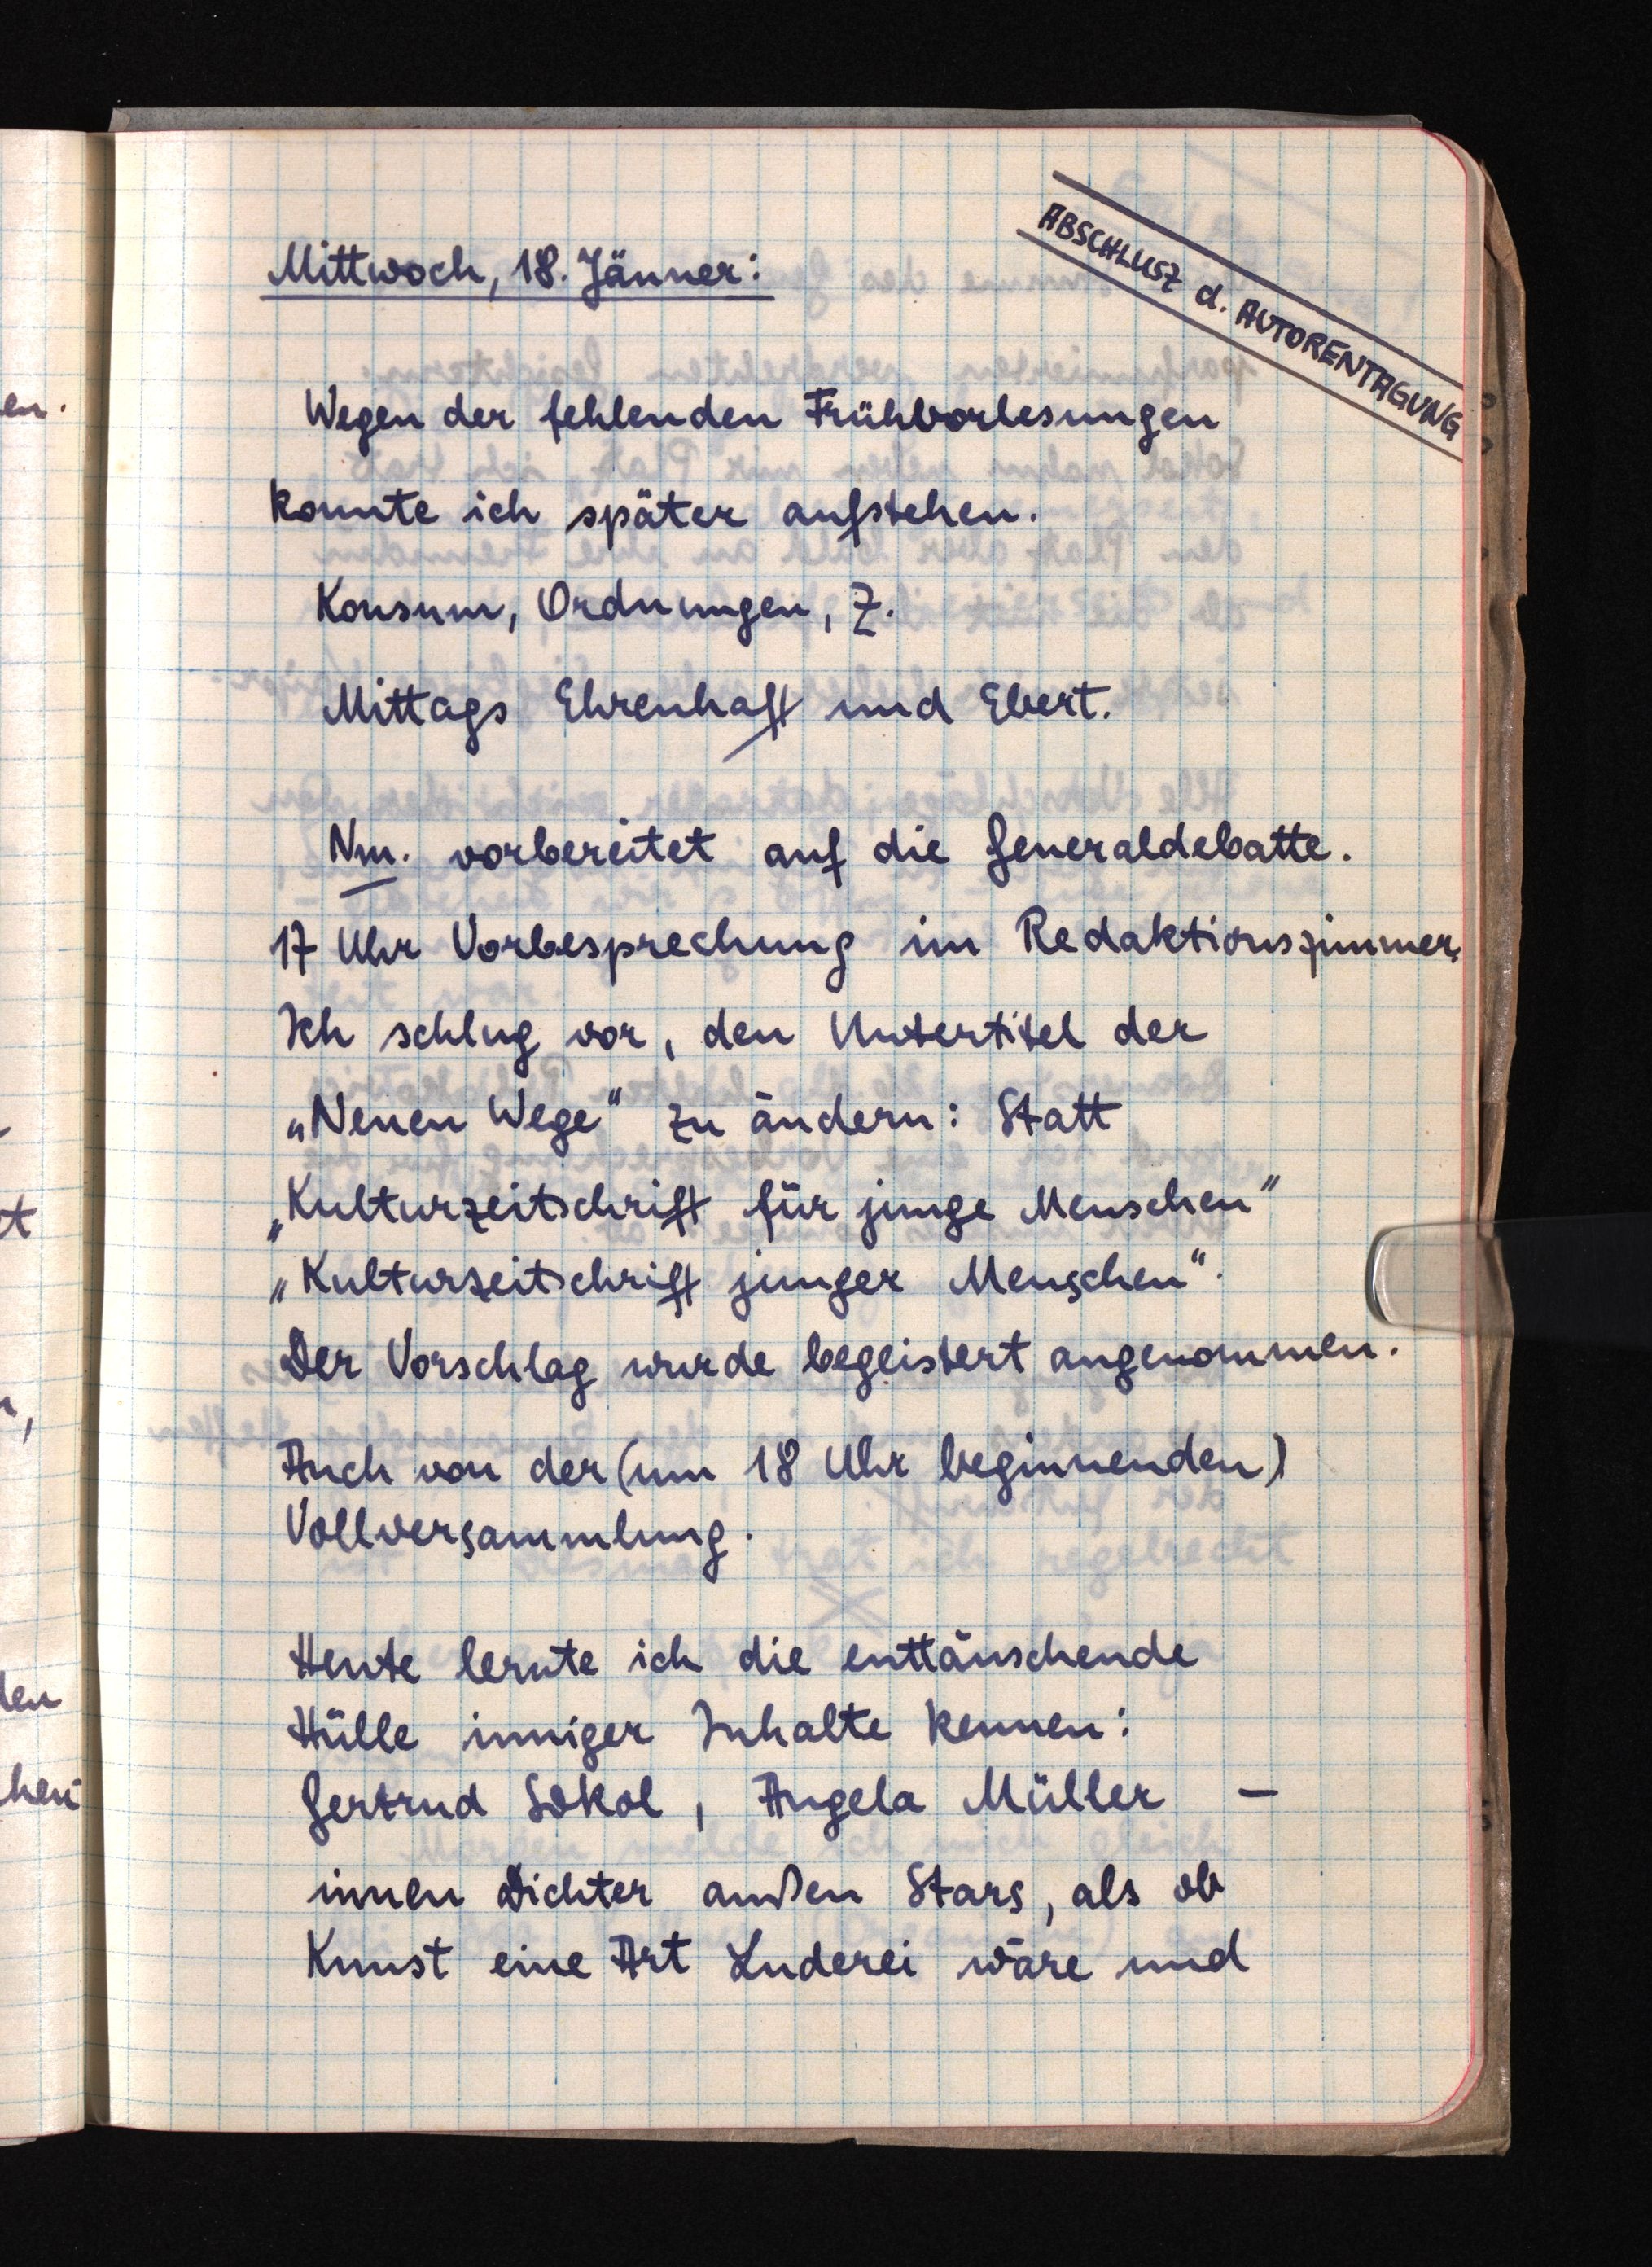
ABSCHLUSZ d. AUTORENTAGUNG
Mittwoch, 18. Jänner:
Wegen der fehlenden Frühvorlesungen
konnte ich später aufstehen.
Konsum, Ordnungen, Z.
Mittags Ehrenhaft und Ebert.
Nm. vorbereitet auf die Generaldebatte.
17 Uhr Vorbesprechung im Redaktionszimmer.
Ich schlug vor, den Untertitel der
"Neuen Wege" zu ändern: Statt
"Kulturzeitschrift für junge Menschen"
"Kulturzeitschrift junger Menschen".
Der Vorschlag wurde begeistert angenommen.
Auch von der (um 18 Uhr beginnenden)
Vollversammlung.
Heute lernte ich die enttäuschende
Hülle inniger Inhalte kennen:
Gertrud Sokol, Angela Müller -
innen Dichter außen Stars, als ob
Kunst eine Art Luderei wäre und